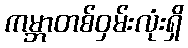
ကမ္ဘာတစ်ဝှမ်းလုံးရှိ